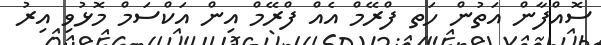
ސޮއްފާން އަތުން ހަތ ފްރޭމް އެއް ފްރޭމް އިން އަކްސަމް މޮޅުވި އިރު